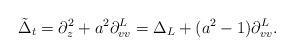
LaTeX: \begin{align*} \tilde{\Delta}_t=\partial_{z}^2+a^2\partial_{vv}^L = \Delta_L + (a^2 -1) \partial_{vv}^L. \end{align*}